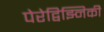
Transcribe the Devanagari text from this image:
पेरेद्विझ्निकी